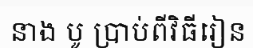
នាង បូ ប្រាប់ពីវិធីរៀន